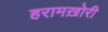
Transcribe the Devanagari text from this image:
हरामख़ोरी